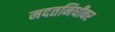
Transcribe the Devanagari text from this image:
मदतनिधीवर